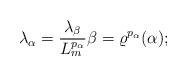
LaTeX: \begin{align*} \lambda_\alpha = \frac{\lambda_\beta}{L_m^{p_\alpha}} \beta = \varrho^{p_\alpha}(\alpha);\end{align*}